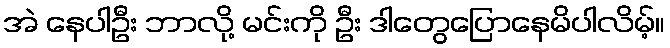
အဲ နေပါဦး ဘာလို့ မင်းကို ဦး ဒါတွေပြောနေမိပါလိမ့်။